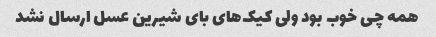
همه چی خوب بود ولی کیک‌های بای شیرین عسل ارسال نشد